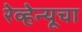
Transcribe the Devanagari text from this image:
रेव्हेन्यूचा